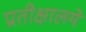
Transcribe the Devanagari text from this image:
प्रतीक्षालये